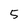
Character: 5